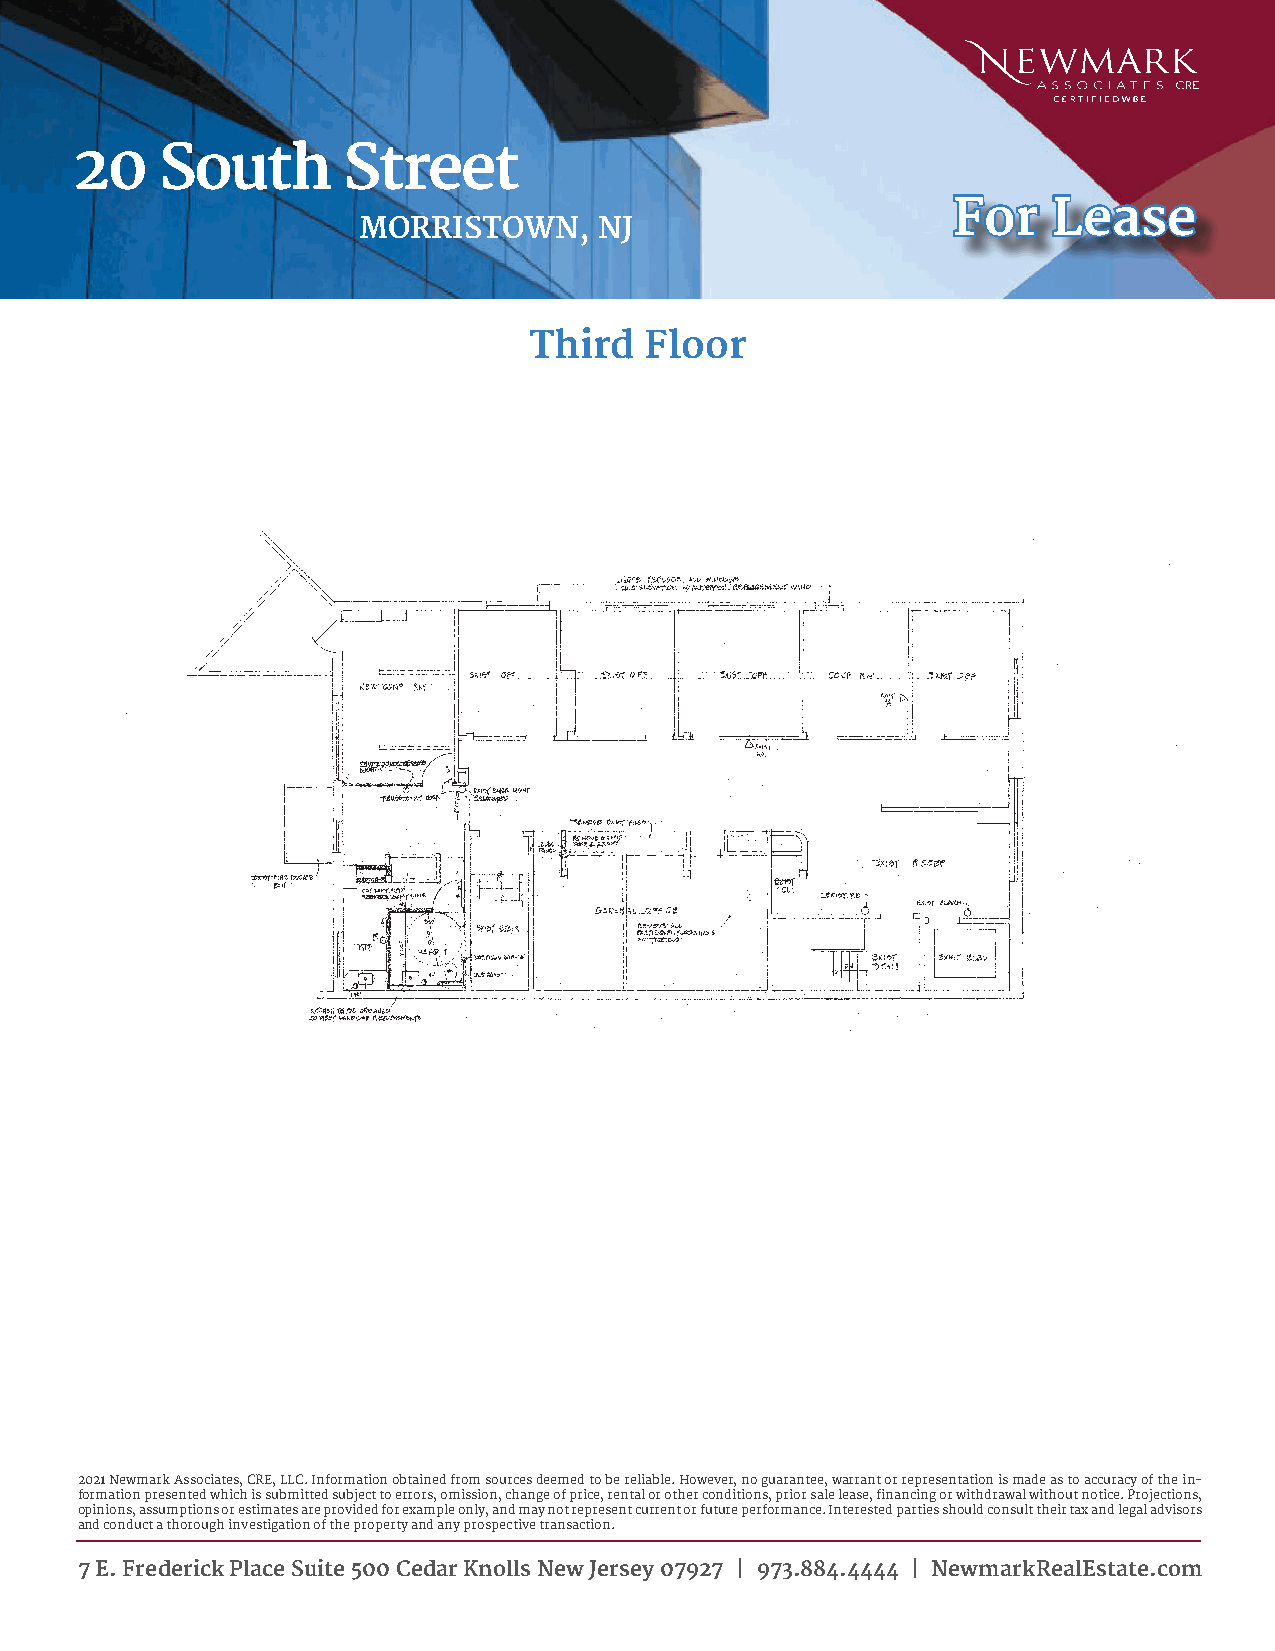
20   South        Street
 FFoorr LLeeaassee
 MORRISTOWN,     NJ
 Third   Floor
 2021 Newmark Associates, CRE, LLC. Information obtained from sources deemed to be reliable. However, no guarantee, warrant or representation is made as to accuracy of the in-
 formation presented which is submitted subject to errors, omission, change of price, rental or other conditions, prior sale lease, financing or withdrawal without notice. Projections,
 opinions, assumptions or estimates are provided for example only, and may not represent current or future performance. Interested parties should consult their tax and legal advisors
 and conduct a thorough investigation of the property and any prospective transaction.
 7 E. Frederick Place Suite 500 Cedar Knolls New Jersey 07927 | 973.884.4444 | NewmarkRealEstate.com